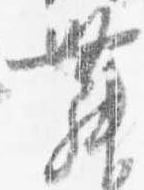
舞